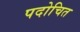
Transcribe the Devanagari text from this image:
पदोचित